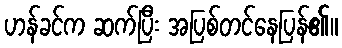
ဟန်ခင်က ဆက်ပြီး အပြစ်တင်နေပြန်၏။